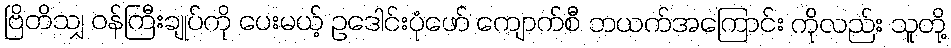
ဗြိတိသျှ ဝန်ကြီးချုပ်ကို ပေးမယ့် ဥဒေါင်းပုံဖော် ကျောက်စီ ဘယက်အကြောင်း ကိုလည်း သူတို့